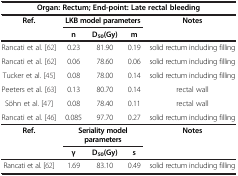
| <COLSPAN=5> Organ: Rectum; End-point: Late rectal bleeding |
 | Ref. | <COLSPAN=3> LKB model parameters | Notes |
 |  | n | D50(Gy) | m |  |
 | --- | --- | --- | --- | --- |
 | Rancati et al. [62] | 0.23 | 81.90 | 0.19 | solid rectum including filling |
 | Rancati et al. [62] | 0.06 | 78.60 | 0.06 | solid rectum including filling |
 | Tucker et al. [45] | 0.08 | 78.00 | 0.14 | solid rectum including filling |
 | Peeters et al. [63] | 0.13 | 80.70 | 0.14 | rectal wall |
 | Söhn et al. [47] | 0.08 | 78.40 | 0.11 | rectal wall |
 | Rancati et al. [46] | 0.085 | 97.70 | 0.27 | solid rectum including filling |
 | Ref. | <COLSPAN=3> Seriality model parameters | Notes |
 |  | γ | D50(Gy) | s |  |
 | Rancati et al. [62] | 1.69 | 83.10 | 0.49 | solid rectum including filling |